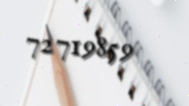
72719859